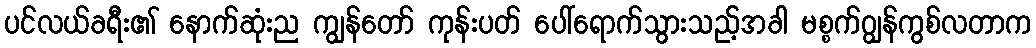
ပင်လယ်ခရီး၏ နောက်ဆုံးည ကျွန်တော် ကုန်းပတ် ပေါ်ရောက်သွားသည့်အခါ မစ္စက်ဂျွန်ကွစ်လတာက